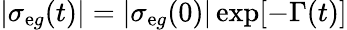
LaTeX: |\sigma_{\mathrm{e}g}(t)|=|\sigma_{\mathrm{e}g}(0)|\exp[-\Gamma(t)]